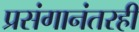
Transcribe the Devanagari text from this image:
प्रसंगानंतरही